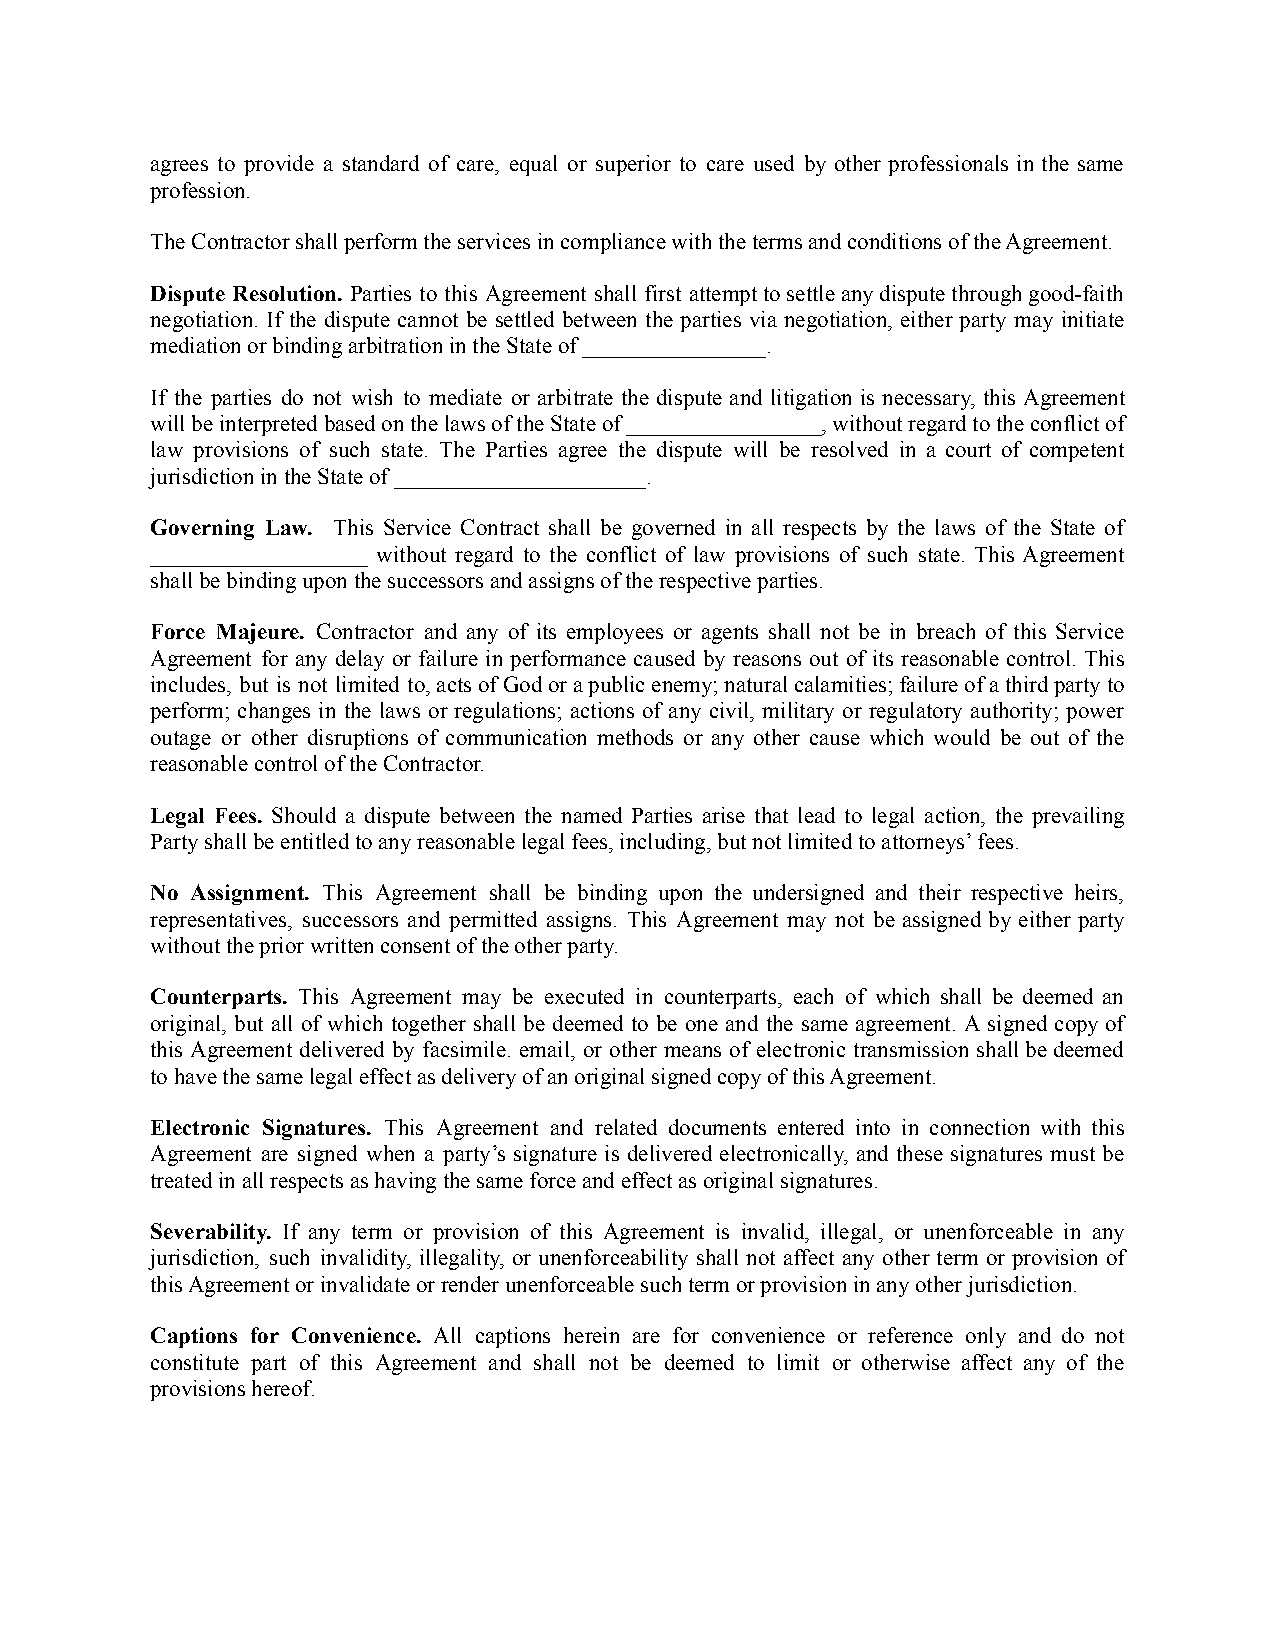
agrees to provide a standard of care, equal or superior to care used by other professionals in the same
 profession.
 The Contractor shall perform the services in compliance with the terms and conditions of the Agreement.
 Dispute Resolution. Parties to this Agreement shall first attempttosettleanydisputethroughgood-faith
 negotiation. If the dispute cannot be settled between the parties via negotiation, either party may initiate
 mediation or binding arbitration in the State of ________________.
 If the parties do not wish to mediate or arbitrate the dispute and litigation is necessary, this Agreement
 willbeinterpretedbasedonthelawsoftheStateof_________________,withoutregardtotheconflictof
 law provisions of such state. The Parties agree the dispute will be resolved in a court of competent
 jurisdiction in the State of ______________________.
 Governing Law. This Service Contract shall be governed in all respects by the laws of the State of
 ___________________ without regard to the conflict of law provisions of such state. This Agreement
 shall be binding upon the successors and assigns of the respective parties.
 Force Majeure. Contractor and any of its employees or agents shall not be in breach of this Service
 Agreement for any delay or failure in performance caused by reasons out of its reasonable control. This
 includes, but is not limited to,actsofGodorapublicenemy;naturalcalamities;failureofathirdpartyto
 perform; changes in the laws or regulations; actions of any civil, military or regulatory authority; power
 outage or other disruptions of communication methods or any other cause which would be out of the
 reasonable control of the Contractor.
 Legal Fees. Should a dispute between the named Parties arise that lead to legal action, the prevailing
 Party shall be entitled to any reasonable legal fees, including, but not limited to attorneys’ fees.
 No Assignment. This Agreement shall be binding upon the undersigned and their respective heirs,
 representatives, successors and permitted assigns. This Agreement may not be assigned by either party
 without the prior written consent of the other party.
 Counterparts. This Agreement may be executed in counterparts, each of which shall be deemed an
 original, but all of which together shall be deemed to be one and the same agreement. A signed copyof
 this Agreement delivered by facsimile. email, or other means of electronic transmission shallbedeemed
 to have the same legal effect as delivery of an original signed copy of this Agreement.
 Electronic Signatures. This Agreement and related documents entered into in connection with this
 Agreement are signed when a party’s signature is delivered electronically, and these signatures must be
 treated in all respects as having the same force and effect as original signatures.
 Severability. If any term or provision of this Agreement is invalid, illegal, or unenforceable in any
 jurisdiction, such invalidity, illegality, or unenforceability shall not affect any other term or provision of
 this Agreement or invalidate or render unenforceable such term or provision in any other jurisdiction.
 Captions for Convenience. All captions herein are for convenience or reference only and do not
 constitute part of this Agreement and shall not be deemed to limit or otherwise affect any of the
 provisions hereof.